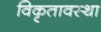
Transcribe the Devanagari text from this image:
विकृतावस्था